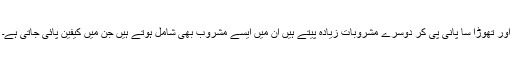
اور تھوڑا سا پانی پی کر دوسرے مشروبات زیادہ پیتے ہیں ان میں ایسے مشروب بھی شامل ہوتے ہیں جن میں کیفین پائی جاتی ہے۔